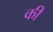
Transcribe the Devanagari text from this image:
की